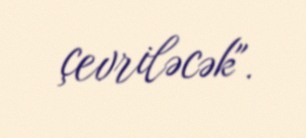
çevriləcək".